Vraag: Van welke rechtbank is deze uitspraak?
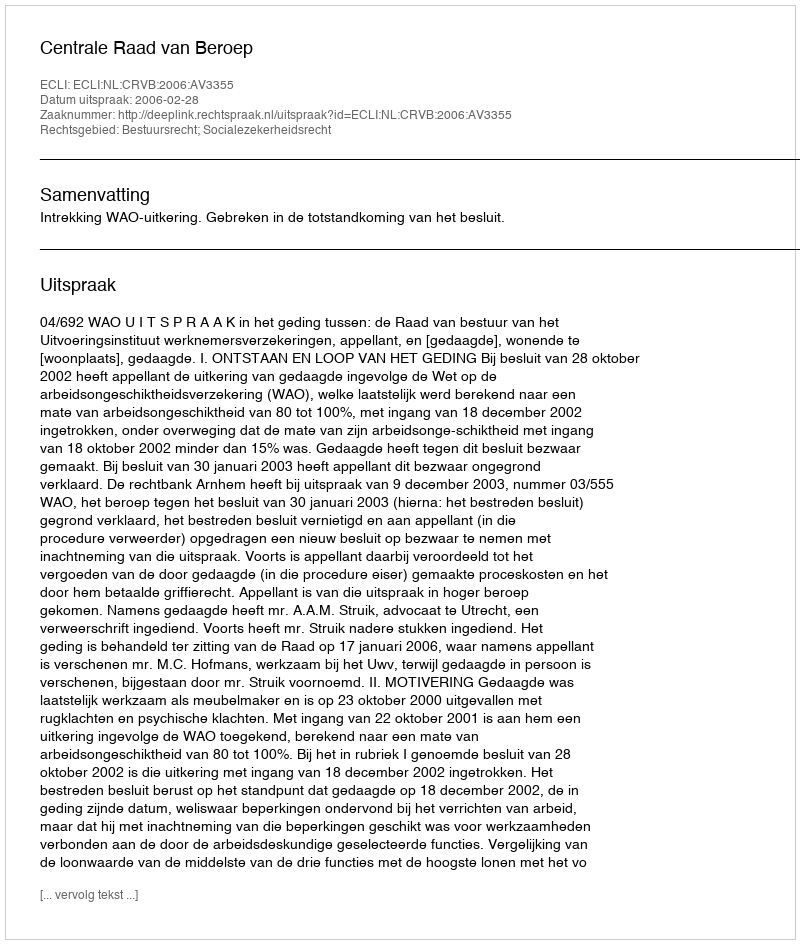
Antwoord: Centrale Raad van Beroep